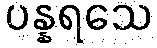
ပန္နရသေ